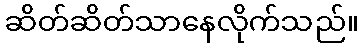
ဆိတ်ဆိတ်သာနေလိုက်သည်။